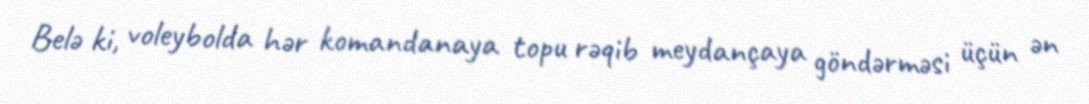
Belə ki, voleybolda hər komandanaya topu rəqib meydançaya göndərməsi üçün ən